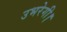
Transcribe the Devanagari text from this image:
उभरेगी।